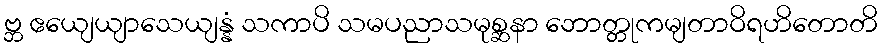
ဗ္ဘ ဧယျေယျာသေယျန္နံ သကာပိ သမပညာသမုစ္ဆနာ ဘောတ္တုကမျတာဝိရဟိတောတိ